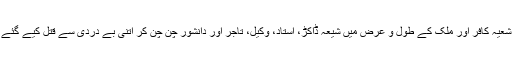
اسی اور نوے کی دہائی میں کئی مسجدوں سے نعرے اُٹھے کافر کافر شعیہ کافر اور ملک کے طول و عرض میں شیعہ ڈاکڑ، استاد، وکیل، تاجر اور دانشور چُن چُن کر اتنی بے دردی سے قتل کیے گئے کہ احمدی بھی کہہ اُٹھے ہوں گے کہ شکر ہے ہم کافر ہیں شعیہ نہیں۔